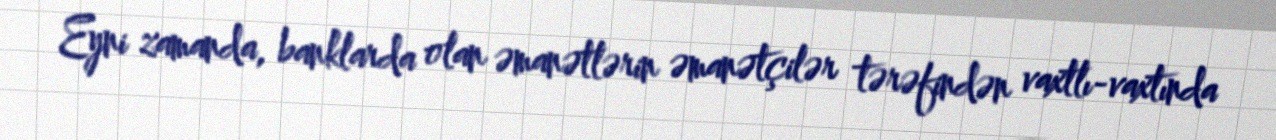
Eyni zamanda, banklarda olan əmanətlərin əmanətçilər tərəfindən vaxtlı-vaxtında